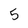
Character: 5